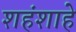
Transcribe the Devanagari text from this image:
शहंशाहे